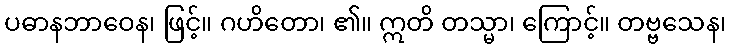
ပဓာနဘာဝေန၊ ဖြင့်။ ဂဟိတော၊ ၏။ ဣတိ တသ္မာ၊ ကြောင့်။ တဗ္ဗသေန၊